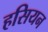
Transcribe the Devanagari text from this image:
हसियन